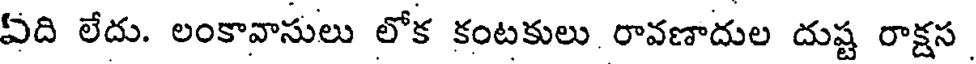
ఏది లేదు. లంకావాసులు లోక కంటకులు రావణాదుల దుష్ట రాక్షస